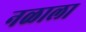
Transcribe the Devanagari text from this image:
नळाला